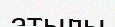
атылы